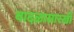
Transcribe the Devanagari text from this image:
वादळासारखी